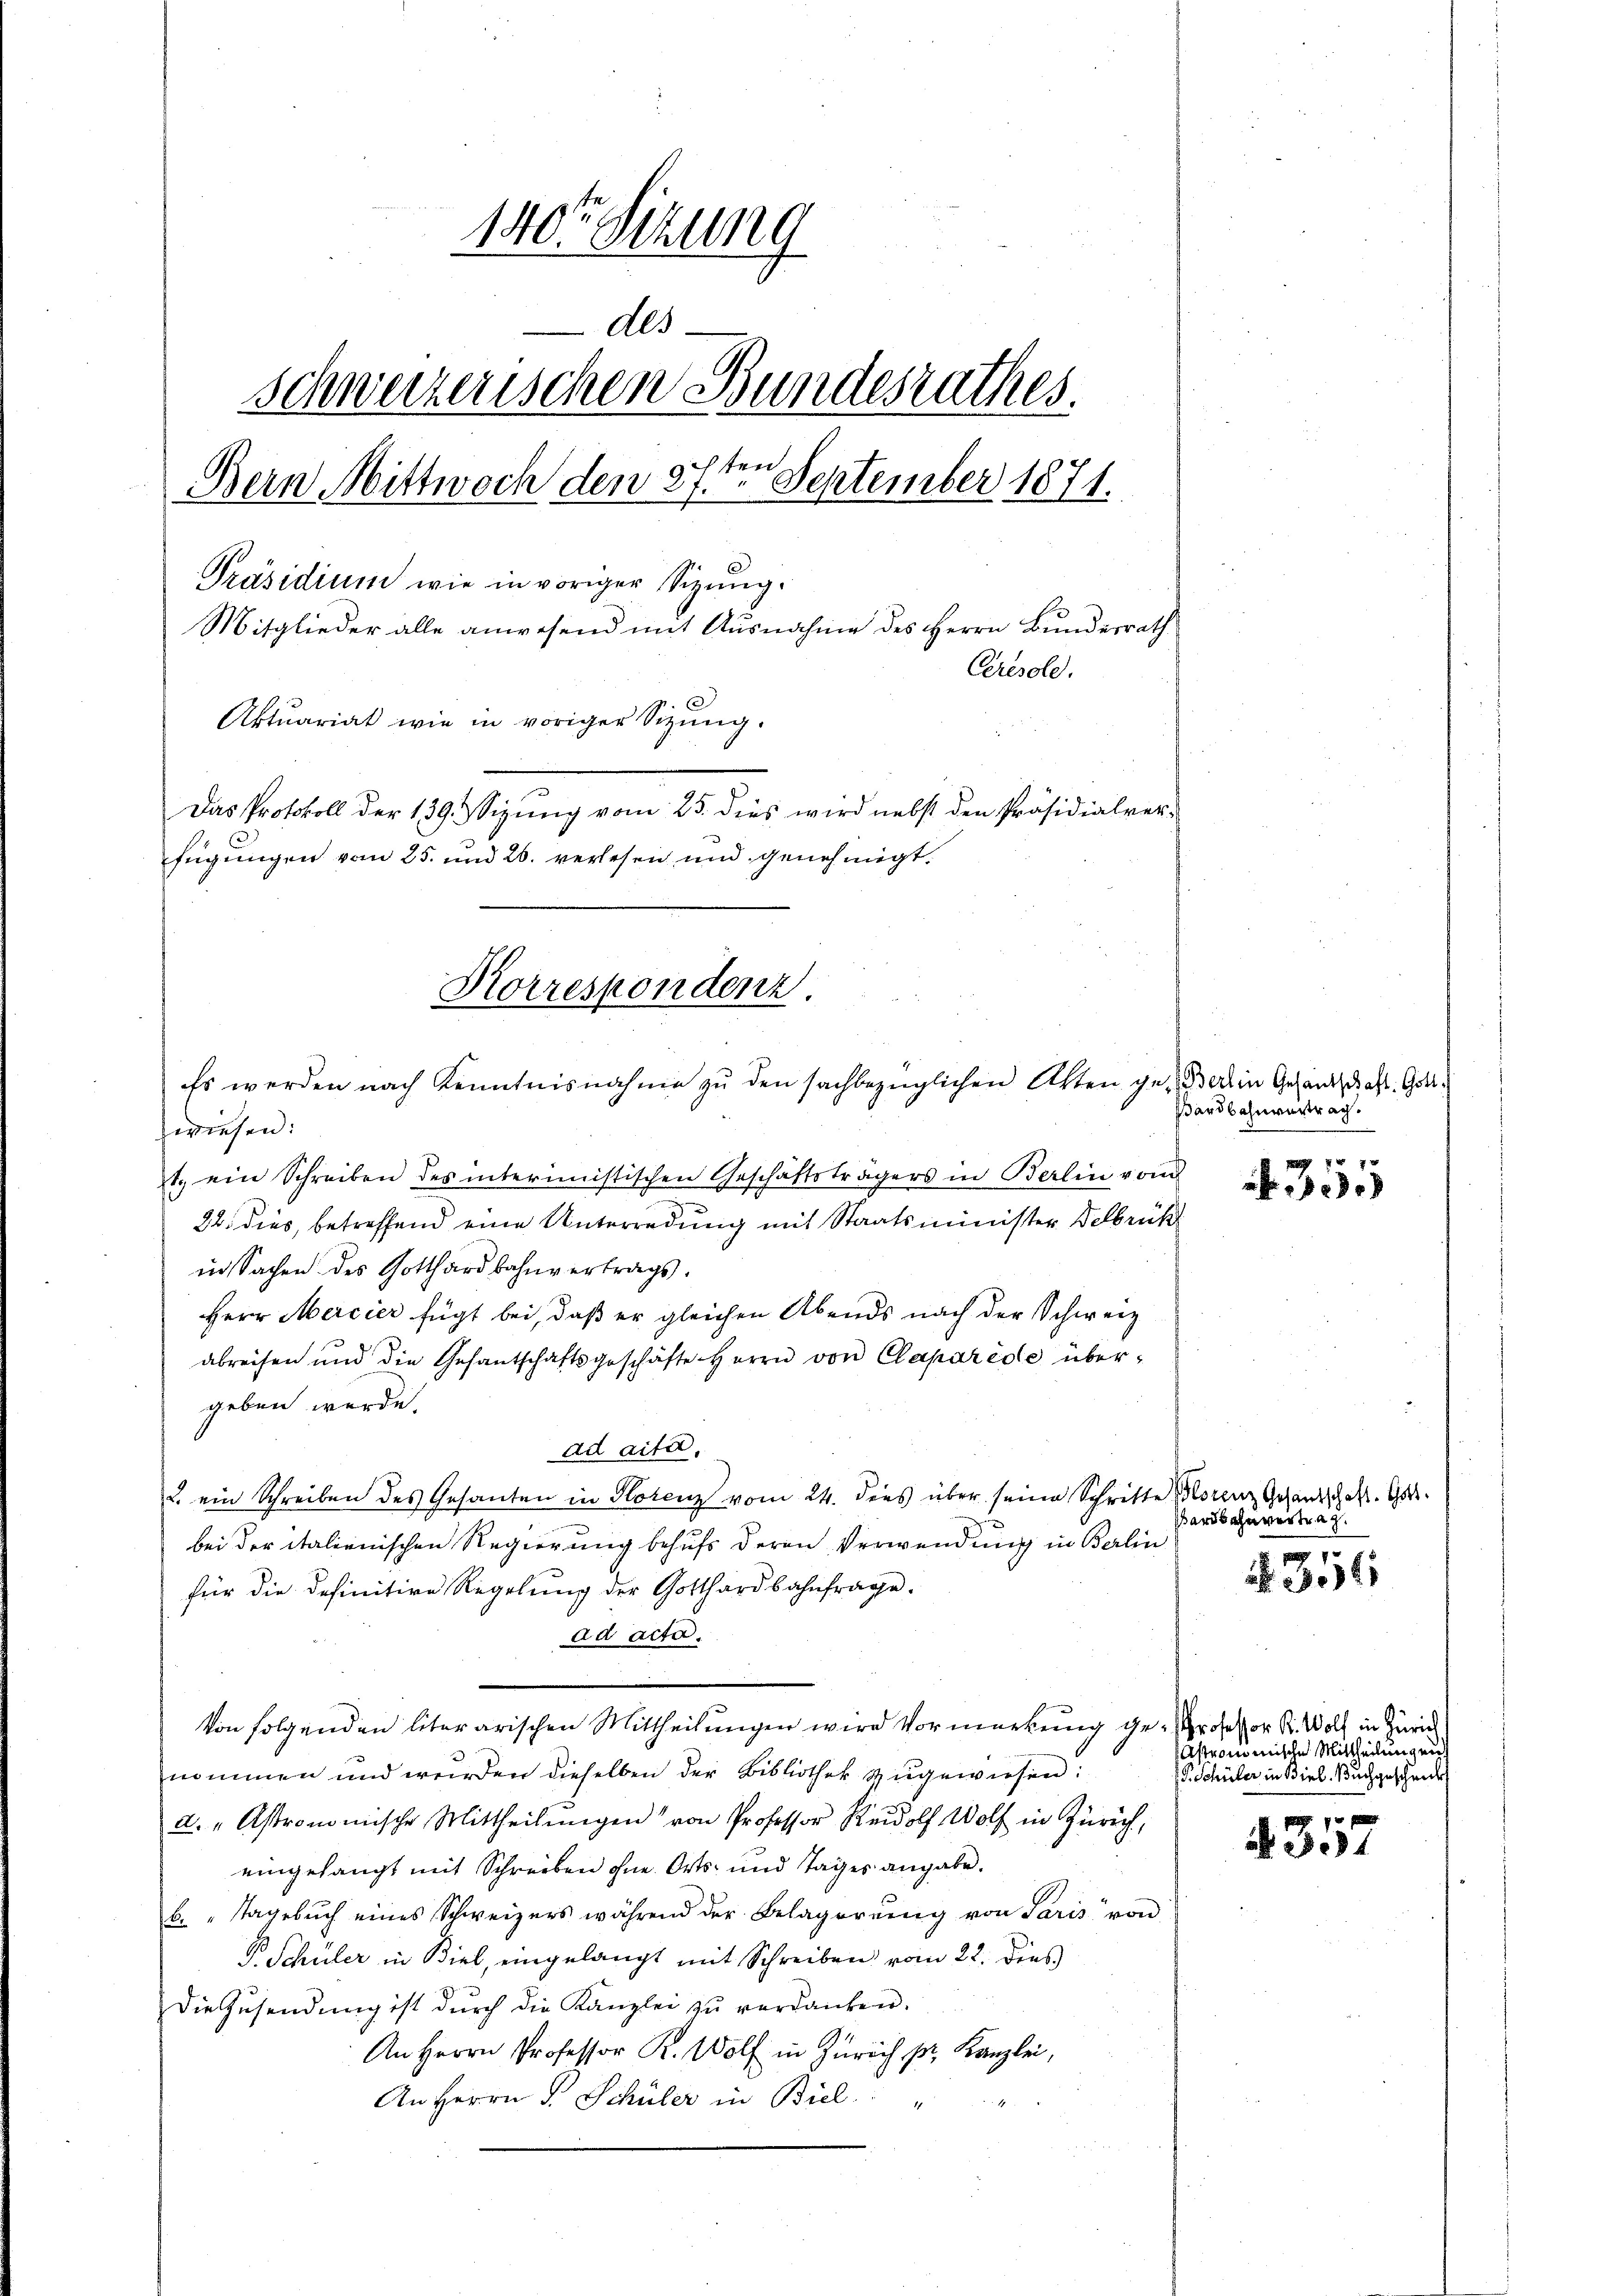
140te Sitzung
Als
Schweizerischen Bundesrathes.
4
Bern Mittwoch den 27. September 1871.
Präsidium wie in voriger Sizung.
Mitglieder alle anwesend mit Ausnahme des Herrn Bundesrath
Crésole.
Aktuariat wie in voriger Sizŭng.
Das Protokoll der 139. Sizŭng vom 25. dies wird nebst den Präsidialver-
fügungen vom 25. und 26. verlesen und genehmigt.

Korrespondenz.
Es werden nach Kenntnisnahme zŭ den sachbezüglichen Akten gemein Gesandtschaft Gra¬

wiesen:
t. ein Schreiben des interimistischen Geschäftsträgers in Berlin von
22. dies, betreffend eine Unterredung mit Staatsminister Delbrück
in Sachen des Gotthardbahnvertrags.
Herr Mercier fügt bei, daß er gleichen Abends nach der Schweiz
abreisen und die Gesantschaftsgeschäfte Herrn von Caparède übergeben werde.
Addita
u. ein Schreiben des Gesanten in Klotenz vom 24. dies über seine Schritte Morenz Gesandschaft. Ges.
bei der italienischen Regierung behufs deren Verwendung in Berlin
für die definitive Regelung der Gotthardbahnfrage.
ad acta.
von folgenden literarischen Mittheilungen wird Vormerkung ge- Professor K. Wolf in Zürich
nommen und werden dieselben der Bibliothek zugewiesen:
a. " Astronomische Mittheilŭngen von Professor Rudolf Wolf in Zürich,
eingelangt mit Schreiben ohne Orts- und Tages angabe.
b. Tagebŭch eines Schweizers während der Belagerŭng von Paris von
B Schuler in Biel, eingelangt mit Schreiben vom 22. dies
Die Zŭsendŭng ist dŭrch die Kanzlei zŭ verdanken.
r. Zürch. Kanzlei,
An Herrn P. Schüler in Biel " "

Bardbahnvertrag.

351

ardbahnvertrag.

1
 3011

Astronomische Mittheilung eing
F. Schüler in Biel Buchgeschenk

4357